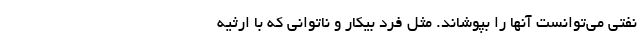
نفتی می‌توانست آنها را بپوشاند. مثل فرد بیکار و ناتوانی که با ارثیه